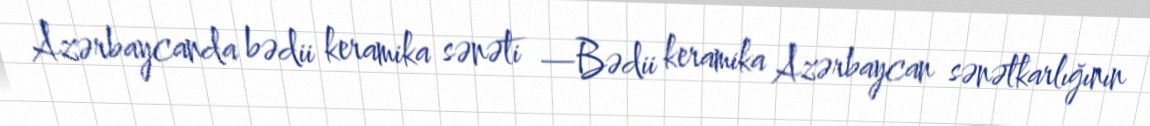
Azərbaycanda bədii keramika sənəti —Bədii keramika Azərbaycan sənətkarlığının